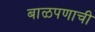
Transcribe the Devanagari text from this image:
बाळपणाची